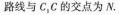
线与C_{1}C的交点为N。